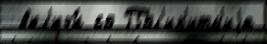
 вкл'юч́н со Пол'ир'итм'иjа